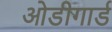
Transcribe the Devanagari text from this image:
ओडीगार्ड